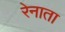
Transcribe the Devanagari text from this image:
रेनाता